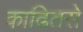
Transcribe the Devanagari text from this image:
काढितसे